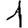
Digit: 1